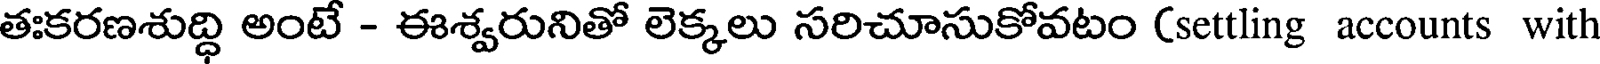
తఃకరణశుద్ధి అంటే - ఈశ్వరునితో లెక్కలు సరిచూసుకోవటం (settling accounts with